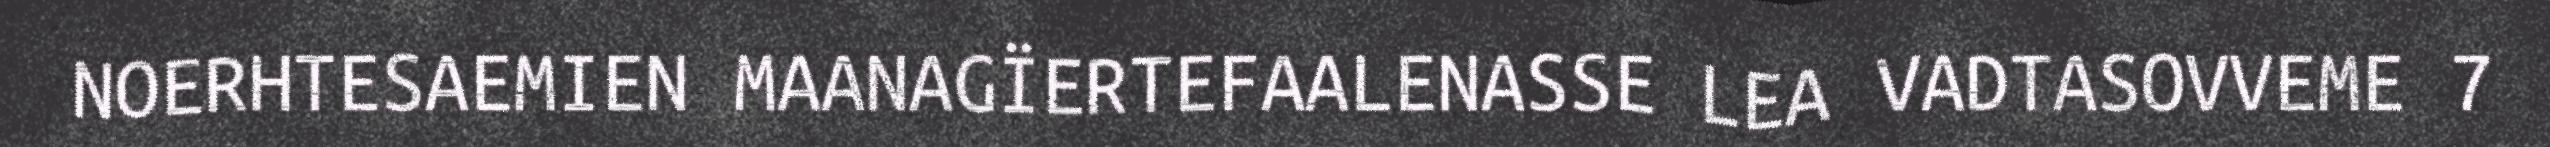
NOERHTESAEMIEN MAANAGÏERTEFAALENASSE LEA VADTASOVVEME 7